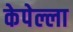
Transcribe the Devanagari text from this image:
केपेल्ला